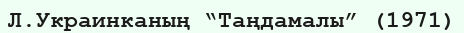
Л.Украинканың “Таңдамалы” (1971)